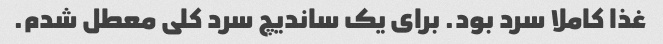
غذا کاملا سرد بود. برای یک ساندیچ سرد کلی معطل شدم.